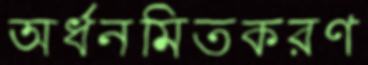
অর্ধনমিতকরণ